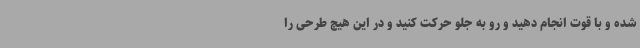
شده و با قوت انجام دهید و رو به جلو حرکت کنید و در این هیچ طرحی را